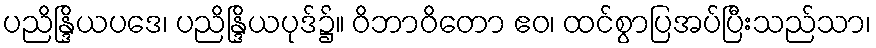
ပညိန္ဒြိယပဒေ၊ ပညိန္ဒြိယပုဒ်၌။ ဝိဘာဝိတော ဧဝ၊ ထင်စွာပြအပ်ပြီးသည်သာ၊